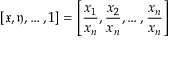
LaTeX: \left[ { \mathfrak { x } } , { \mathfrak { y } } , \dots , 1 \right] = \left[ { \frac { x _ { 1 } } { x _ { n } } } , { \frac { x _ { 2 } } { x _ { n } } } , \dots , { \frac { x _ { n } } { x _ { n } } } \right]